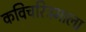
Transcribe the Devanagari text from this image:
कविचरित्रमाला